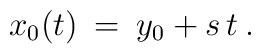
x_0(t) \> = \>y_0 + s \, t  \> .